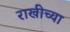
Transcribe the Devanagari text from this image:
राखीच्या